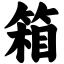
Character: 箱